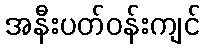
အနီးပတ်ဝန်းကျင်